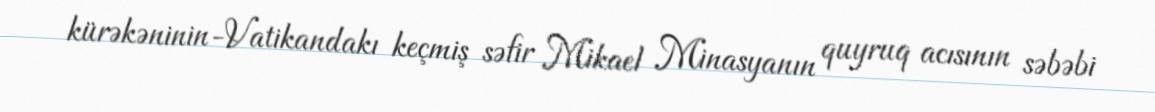
kürəkəninin-Vatikandakı keçmiş səfir Mikael Minasyanın quyruq acısının səbəbi